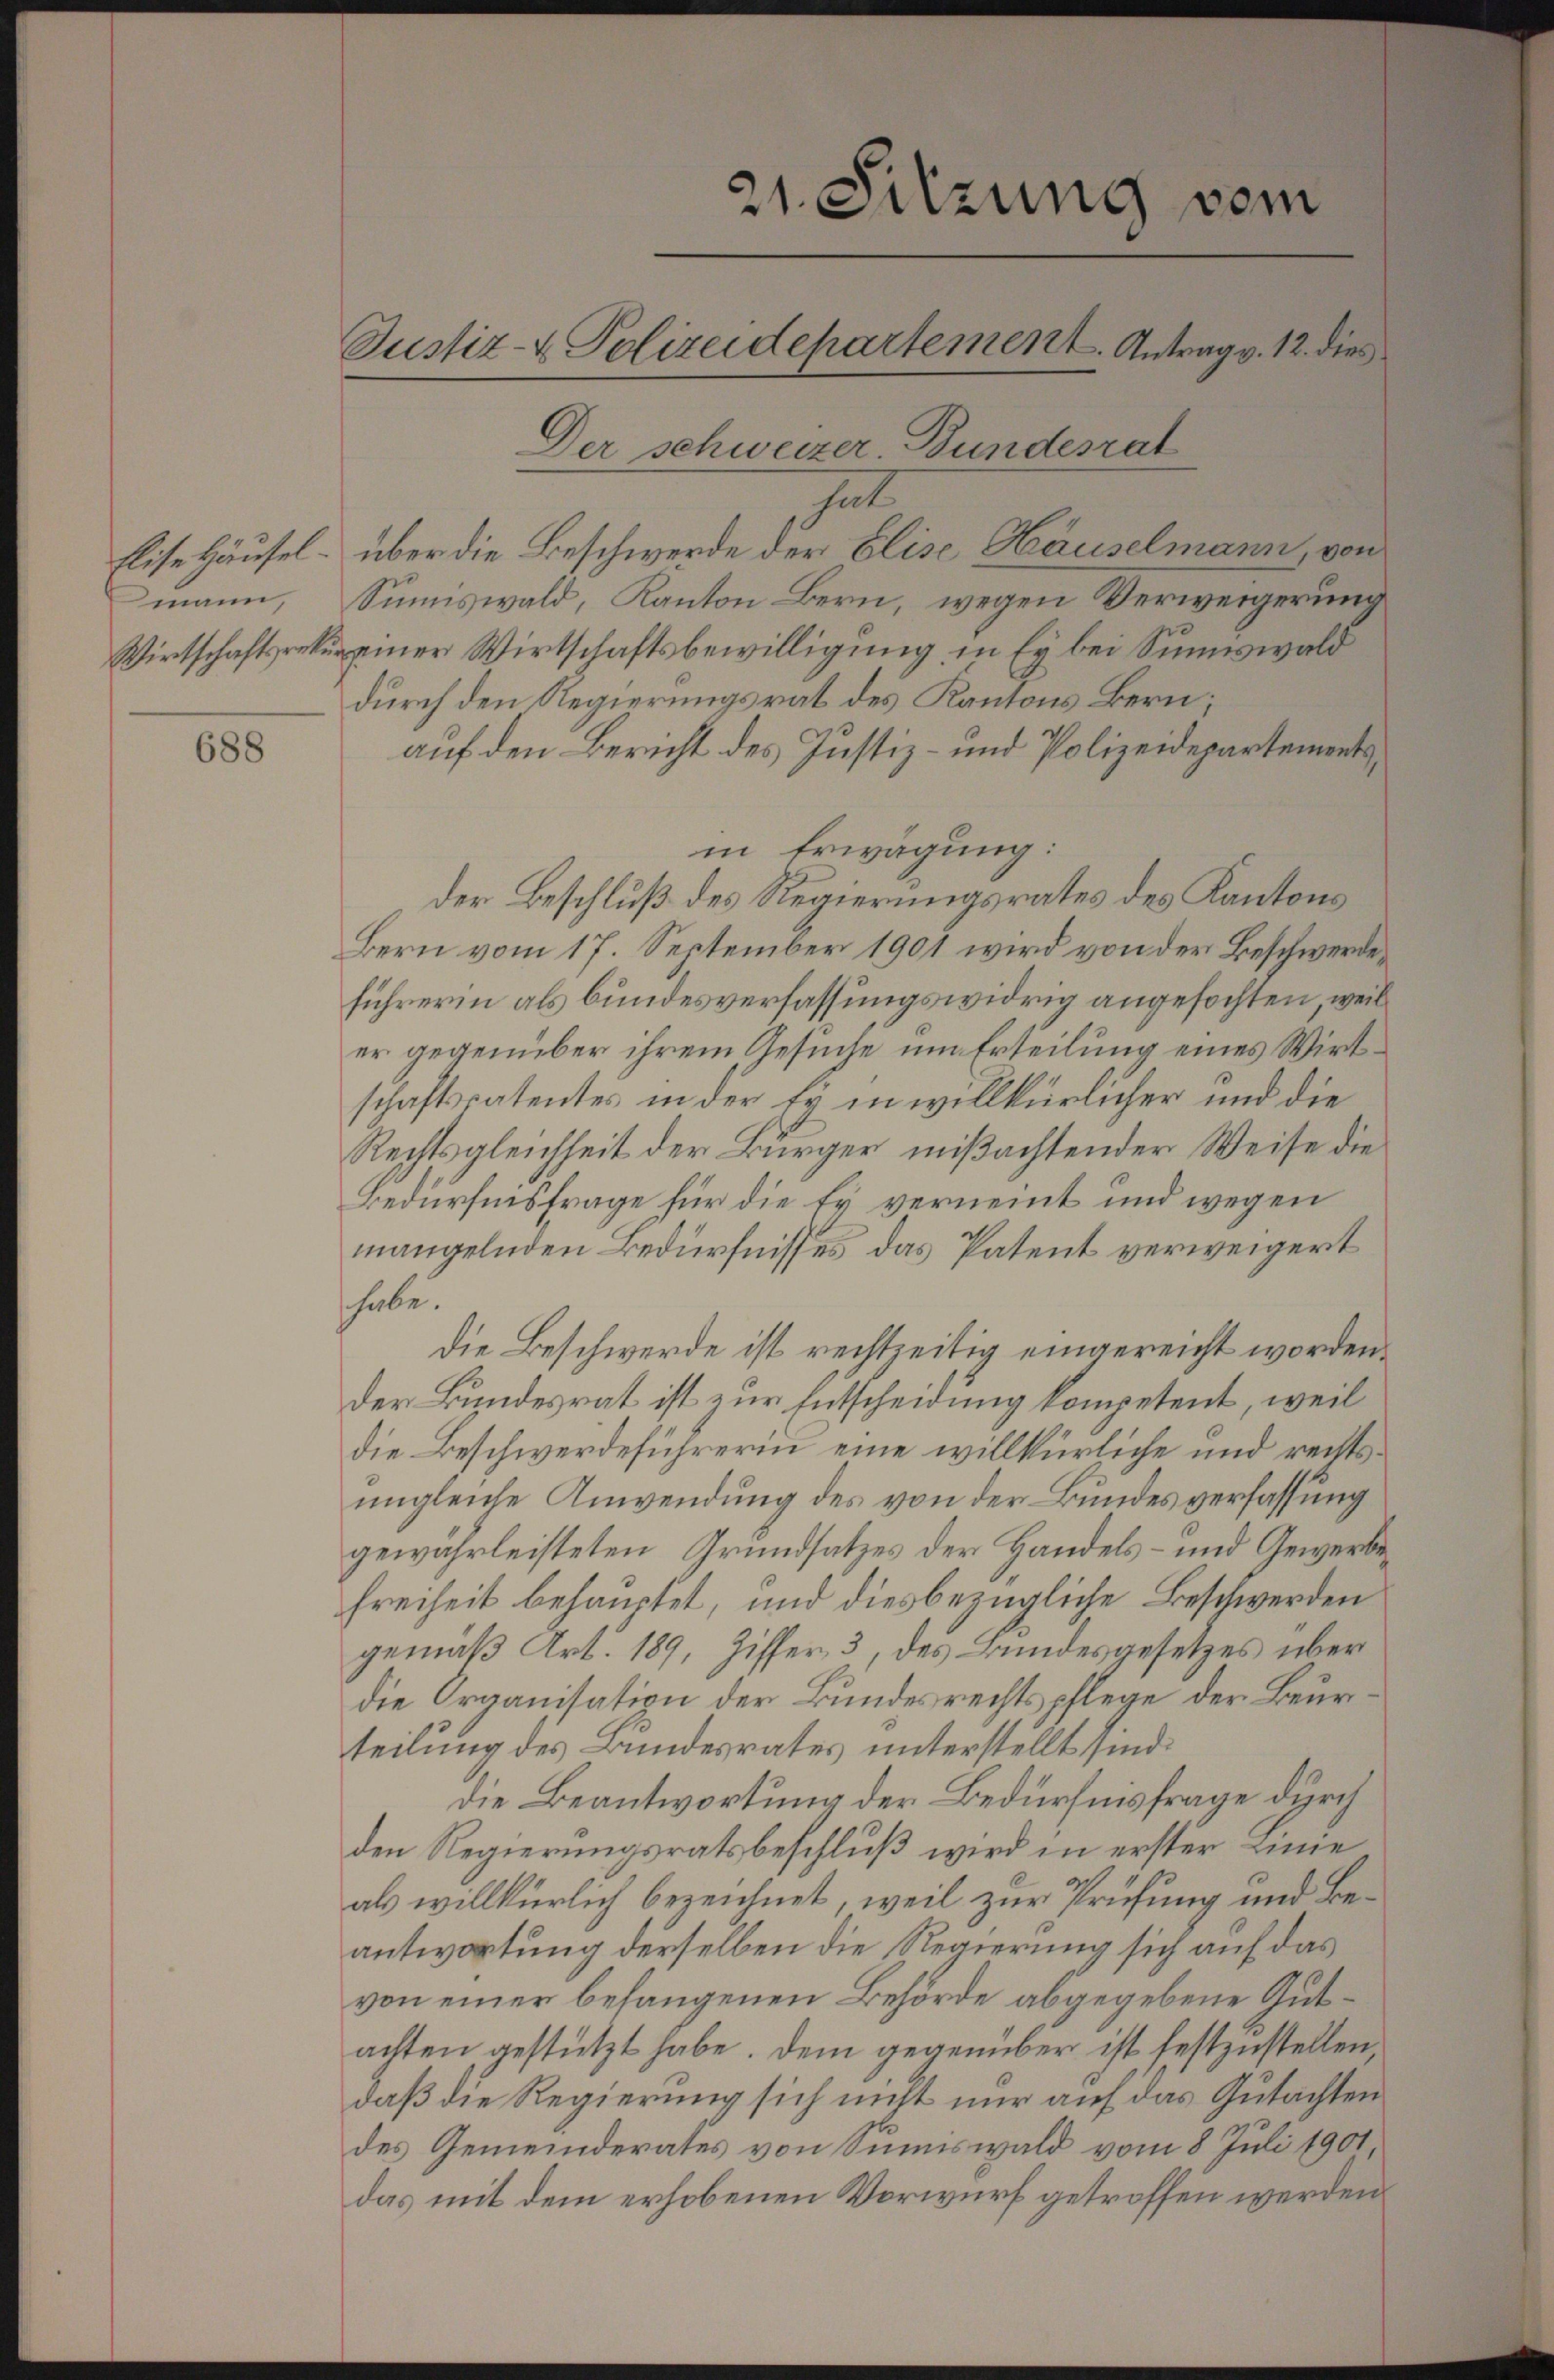
Elise Häusel.
mann,
Wirtschaftsrekur

688

21. Sitzung vom
Justiz- & Polizeidepartement. Antrag v. 12. dies
Der schweizer. Bundesrat
fal

über die Beschwerde der Elise Hauselmann, von
Sunnswald, Kanton Bern, wegen Verweigerung
einer Wirtschaftsbewilligung in Ey bei Sunewald
durch den Regierungsrat des Kantons Bern;
auf den Bericht des Justiz- und Polizeidepartementsin Erwägung:
der Beschluß des Regierungsrates des Kantons
Bern vom 17. September 1901 wird von der Beschwerdeführerin als bundesverfassungswidrig angefochten, weil
er gegenüber ihrem Gesuche um Erteilung eines Wirt
schaftspatentes in der Er in willkürlicher und die
Rechtsgleichheit der Bürger mißachtender Weise die
Bedürfnisfrage für die Er verneint und wegen
.
mangelnden Bedürfnisses das patent verweigert
habe.
die Beschwerde ist rechtzeitig eingereicht worden.
der Bundesrat ist zur Entscheidung kompetent, weil
die Beschwerdeführerin eine willkürliche und rechtsungleiche Anwendung des von der Bundes verfassung
gewahrleisteten Grundsatzes der Handels- und Gewerbe¬
Freiheit behauptet, und diesbezügliche Beschwerden
gemäß Art. 189, Ziffer, 3, des Bundesgesetzes über
die Organisation der Bundesrechtspflege der Beurteilung des Bundesrates unterstellt sind.
die Beantwortung der Bedürfnisfrage durch
den Regierungsratsbeschluß wird in erster Linie
als willkürlich bezeichnet, weil zur Prüfung und Beantwortung derselben die Regierung sich auf das
von einer befangenen Behörde abgegebene Gutachten gestützt habe. Dem gegenüber ist festzustellen,
daß die Regierung sich nicht nur auf das Gutachten
des Gemeinderates von Sinnswald vom 8 Juli 1901,
das mit dem erhobenen Vorwurf getroffen werden